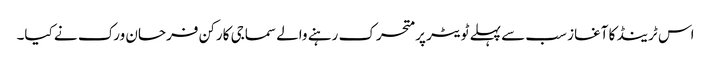
اس ٹرینڈ کا آغاز سب سے پہلے ٹویٹر پر متحرک رہنے والے سماجی کارکن فرحان ورک نے کیا۔